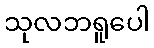
သုလဘရူပေါ